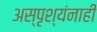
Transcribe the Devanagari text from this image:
अस्पृश्यंनाही